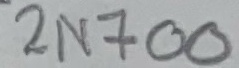
Text: 2N700